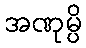
အဏုမ္ပိ